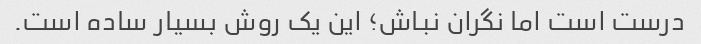
درست است اما نگران نباش؛ این یک روش بسیار ساده است.